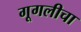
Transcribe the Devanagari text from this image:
गूगलीचा